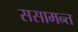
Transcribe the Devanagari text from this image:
ससामन्त